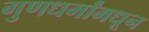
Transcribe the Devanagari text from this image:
गुणधर्मांमधून